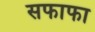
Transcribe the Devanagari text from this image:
सफाफा